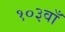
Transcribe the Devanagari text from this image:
१०३वाँ